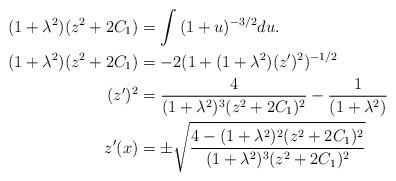
LaTeX: \begin{align*}(1+\lambda^{2})(z^{2}+2C_{1}) &= \int {(1+u)^{-3/2}}du.\\(1+\lambda^{2})(z^{2}+2C_{1}) &= -2(1+(1+\lambda^{2})(z')^{2})^{-1/2}\\(z')^{2}&=\frac{4}{(1+\lambda^{2})^{3}(z^{2}+2C_{1})^{2}}-\frac{1}{(1+\lambda^{2})}\\z'(x) &= \pm\sqrt{ \frac{4-(1+\lambda^2)^2(z^2 + 2C_1)^2}{(1+\lambda^2)^3(z^2 + 2C_1)^2}}\end{align*}